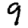
Digit: 9